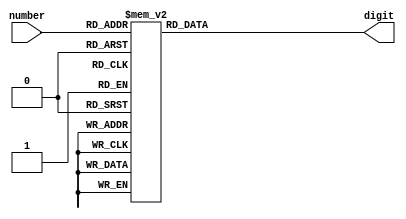
module Digit_Decoder(
	input[3:0] number,
	output reg[6:0] digit
    );

always@(number)
begin
	case(number)
	4'b0000: digit <= 7'b1000000; // 0
	4'b0001: digit <= 7'b1111001; // 1
	4'b0010: digit <= 7'b0100100; // 2
	4'b0011: digit <= 7'b0110000; // 3
	4'b0100: digit <= 7'b0011001; // 4
	4'b0101: digit <= 7'b0010010; // 5
	4'b0110: digit <= 7'b0000010; // 6
	4'b0111: digit <= 7'b1111000; // 7
	4'b1000: digit <= 7'b0000000; // 8
	4'b1001: digit <= 7'b0011000; // 9
	default: digit <= 7'b0110110; // out of bounds. just in case
	endcase
end

endmodule